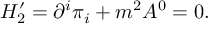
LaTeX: { \cal H } _ { 2 } ^ { \prime } = \partial ^ { i } \pi _ { i } + m ^ { 2 } A ^ { 0 } = 0 .